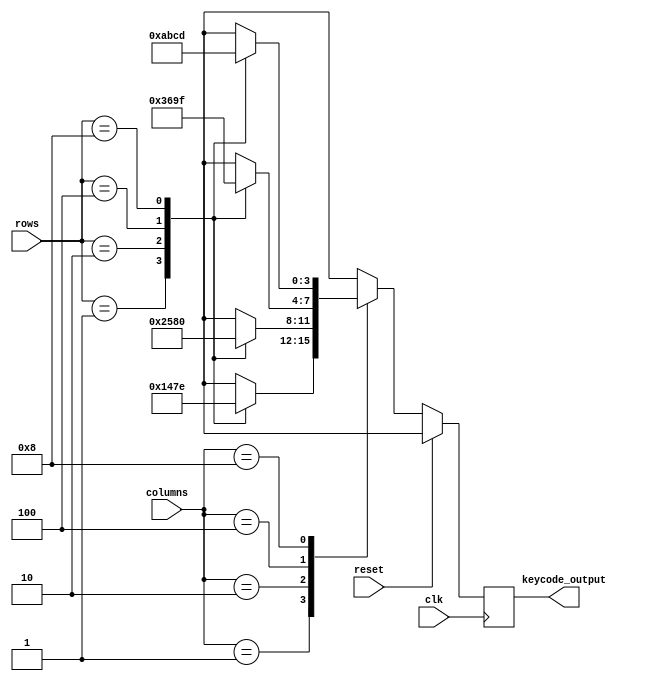
`timescale 1ns / 1ps

/*
-- 16 digit keypad encoder module
-- 
-- 1 2 3 +
-- 4 5 6 -
-- 7 8 9 *
-- = 0 R /	

-- let's treat special characters: 
-- * = 0xE and # = 0xF
-- pins 1-4 from the keypad are column (output) pins
-- pins 5-8 from the keypad are the row (input) pins
*/

module Keypad_Decoder(
	input clk,
	input reset,
	input [3:0] rows,
	input [3:0] columns, 
	output reg [3:0] keycode_output
 );

localparam [3:0] 
	unknown = 4'bxxxx,
	none = 4'b0000,
	one = 4'b0001,
	two = 4'b0010,
	three = 4'b0100,
	four = 4'b1000;

integer count=0;

always @(posedge clk) begin
	if(reset) begin
		keycode_output <= unknown;
	end else begin
		case(columns)
			one:
				case(rows)
					one: keycode_output   <= 4'h1;
					two: keycode_output   <= 4'h4;
					three: keycode_output <= 4'h7;
					four: keycode_output  <= 4'he;
					default: keycode_output <= unknown;
				endcase
			two:
				case(rows)
					one: keycode_output   <= 4'h2;
					two: keycode_output   <= 4'h5;
					three: keycode_output <= 4'h8;
					four: keycode_output  <= 4'h0;
					default: keycode_output <= unknown;
				endcase
			three:
				case(rows)
					one: keycode_output   <= 4'h3;
					two: keycode_output   <= 4'h6;
					three: keycode_output <= 4'h9;
					four: keycode_output  <= 4'hf;
					default: keycode_output <= unknown;
				endcase
			four:
				case(rows)
					one: keycode_output   <= 4'ha;
					two: keycode_output   <= 4'hb;
					three: keycode_output <= 4'hc;
					four: keycode_output  <= 4'hd;
					default: keycode_output <= unknown;
				endcase
			default: 
				keycode_output <= 4'bxxxx;
		endcase
	end
end
endmodule